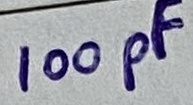
Text: 100pF